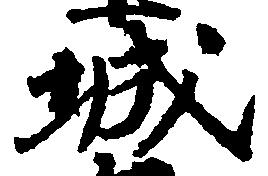
城